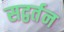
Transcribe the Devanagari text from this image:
सद्वर्तन